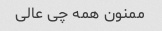
ممنون همه چی عالی